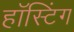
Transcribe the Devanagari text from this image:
हॉस्टिंग